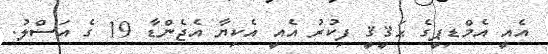
އެއީ އެމްޑިޕީގެ ޙަޤީޤީ ފިކުރު އެއީ އެކިޔާ އެޖެންޑާ 19 ގެ އަސްލު.